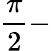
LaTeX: \frac{\pi}{2}-